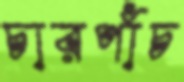
চারপাঁচ